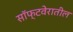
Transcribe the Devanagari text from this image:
सॉफ्टवेरातील